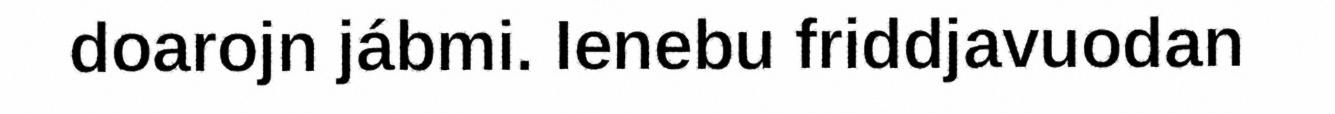
doarojn jábmi. Ienebu friddjavuodan